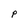
Character: P